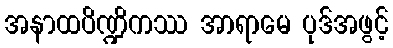
အနာထပိဏ္ဍိကဿ အာရာမေ ပုဒ်အဖွင့်